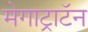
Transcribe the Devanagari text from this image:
मेगाट्राटॅन